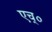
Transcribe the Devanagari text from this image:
एच्‌०